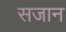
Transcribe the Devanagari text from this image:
सजान